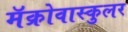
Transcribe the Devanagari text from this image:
मॅक्रोवास्कुलर